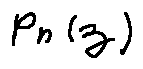
p _ { n } ( z )